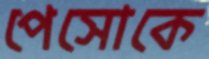
পেসোকে